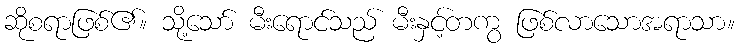
ဆိုစရာဖြစ်၏။ သို့သော် မီးရောင်သည် မီးနှင့်တကွ ဖြစ်လာသောအရာသာ။